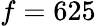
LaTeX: f=625